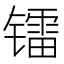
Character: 镭